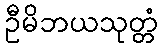
ဦမိဘယသုတ္တံ